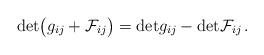
LaTeX: \begin{align*}{\rm det} \bigl (g_{ij} + {\cal F}_{ij}\bigr ) = {\rm det} g_{ij} - {\rm det} {\cal F}_{ij}\, .\end{align*}